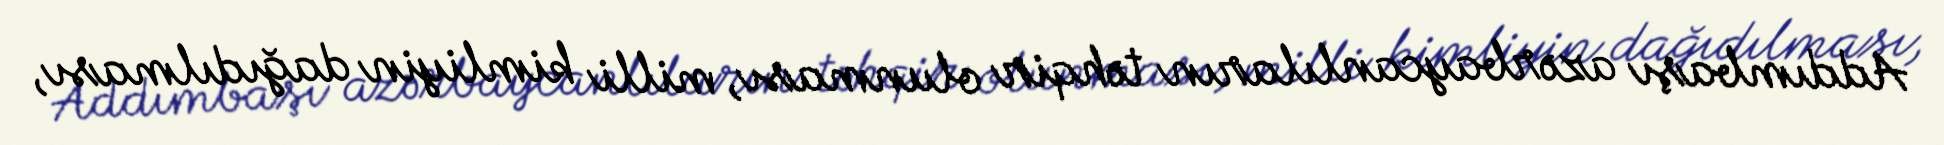
Addımbaşı azərbaycanlıların təhqir olunması, milli kimliyin dağıdılması,